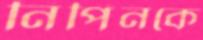
নিপিনকে